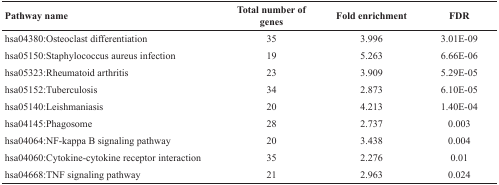
| Pathway name | Total number of genes | Fold enrichment | FDR |
 | --- | --- | --- | --- |
 | hsa04380:Osteoclast differentiation | 35 | 3.996 | 3.01E-09 |
 | hsa05150:Staphylococcus aureus infection | 19 | 5.263 | 6.66E-06 |
 | hsa05323:Rheumatoid arthritis | 23 | 3.909 | 5.29E-05 |
 | hsa05152:Tuberculosis | 34 | 2.873 | 6.10E-05 |
 | hsa05140:Leishmaniasis | 20 | 4.213 | 1.40E-04 |
 | hsa04145:Phagosome | 28 | 2.737 | 0.003 |
 | hsa04064:NF-kappa B signaling pathway | 20 | 3.438 | 0.004 |
 | hsa04060:Cytokine-cytokine receptor interaction | 35 | 2.276 | 0.01 |
 | hsa04668:TNF signaling pathway | 21 | 2.963 | 0.024 |